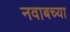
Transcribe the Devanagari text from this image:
नवाबच्या